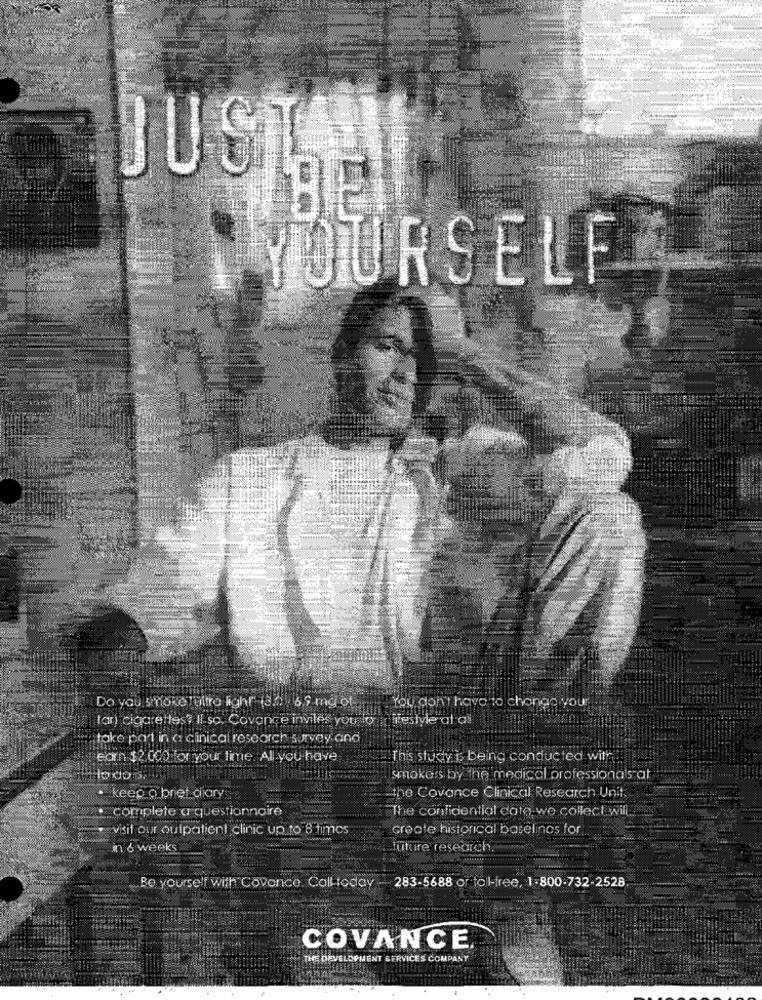
JUST
BIE
YOURSELF
Do you smoke Tuitro light" (3.4 . 6.5 mg ot
"You don't have to change your
tar) cigarettes? IL so. Covance inviles you lo , lifestyle at all
take part in a clinical research survey and
Earn $2 000 for your lime. All you have
"This study is being conducted with"
smokers by the medical professionals at
-the Covance Clinical Research Unit
. keep a brief diary
· complete a questionnaire
The confidential date we collect will
visit our outpatient clinic up to 8 times
create historical baselines for
in 6 weeks
future research.
Be yourself with Covonce. Call today -- 283-5688 or toll-free, 1-800-732-2528
COVANCE
THE DEVELOPMENT SERVICES COMPANY